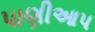
પાણીઆપ